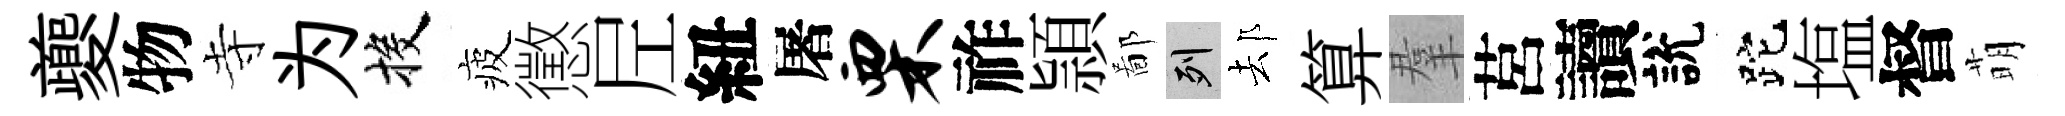
夔物寺为投疲懲𡰱紐屠栗祚頴鄙列𨚫算羣莒讀說跎塩督萌